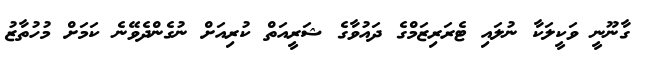
ގާނޫނީ ވަކީލަކާ ނުލައި ޓެރަރިޒަމްގެ ދައުވާގެ ޝަރީއަތް ކުރިއަށް ނުގެންދެވޭނެ ކަމަށް މުހުތާޒު